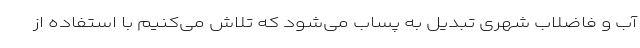
آب و فاضلاب شهری تبدیل به پساب می‌شود که تلاش می‌کنیم با استفاده از